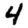
Digit: 4